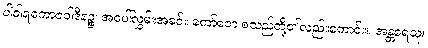
ပါဝါရကောဇဝါဒီနဉ္စ၊ အပေါ်လွှမ်းအခင်း ကော်ဇော စသည်တို့၏လည်းကောင်း။ အန္တရေသု၊